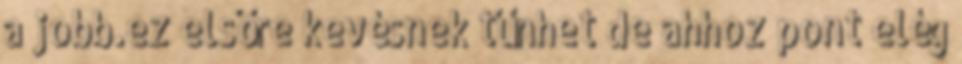
a jobb.ez elsőre kevésnek tűnhet de ahhoz pont elég